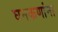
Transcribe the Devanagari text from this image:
घनकणांना